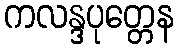
ကလန္ဒပုတ္တေန